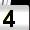
Digit: 4